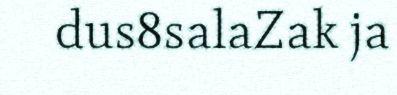
dus8salaZak ja